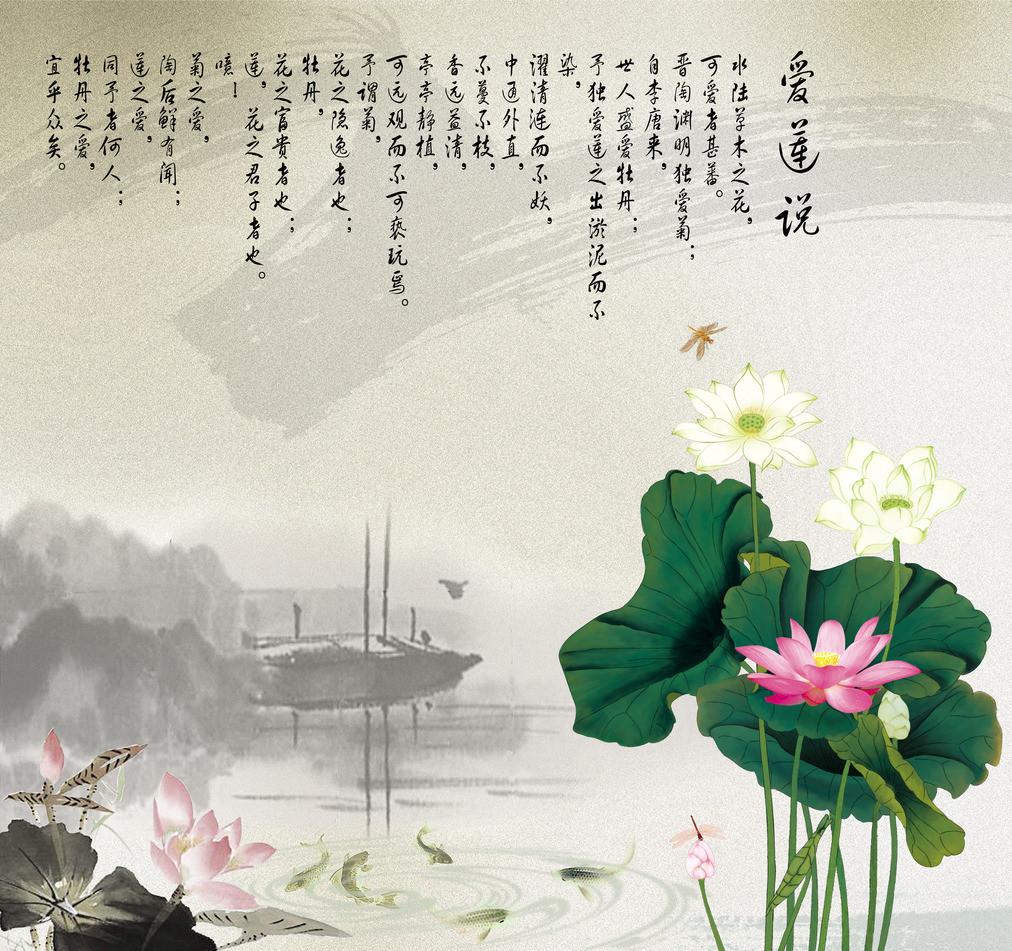
君子以钟鼓道志。以琴瑟乐心。